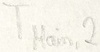
Text: TMain,2